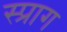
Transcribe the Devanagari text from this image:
स्प्राग